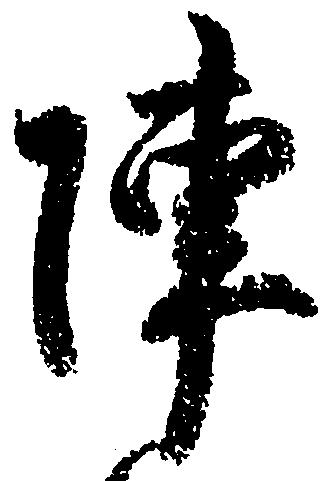
陣